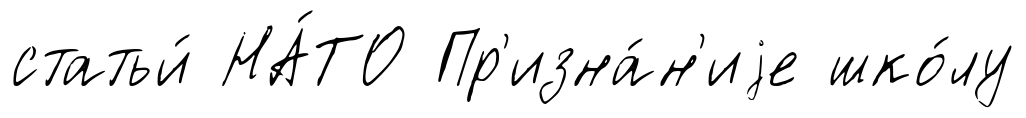
статьи́ НА́ТО Пр'изна́н'иjе шко́лу